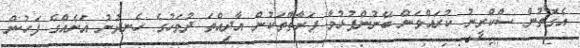
އެގޮތުން ސްކްރީނު ކުރައްވަން ބޭނުންފުޅުވާ ފަރާތްތަކުން އާދިއްތަ ދުވަހުގެ ހެނދުނު އަށެއްގެ ފަހުން